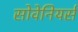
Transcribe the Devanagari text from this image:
सोवेनियर्स